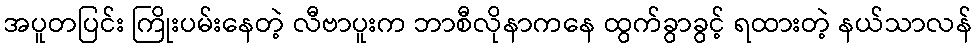
အပူတပြင်း ကြိုးပမ်းနေတဲ့ လီဗာပူးက ဘာစီလိုနာကနေ ထွက်ခွာခွင့် ရထားတဲ့ နယ်သာလန်